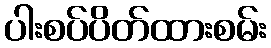
ပါးစပ်ပိတ်ထားစမ်း